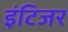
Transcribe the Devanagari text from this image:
इंटिजर